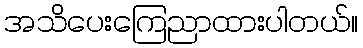
အသိပေးကြေညာထားပါတယ်။